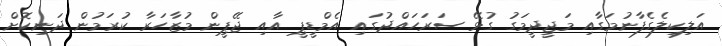
އަލިކިލެގެފާނުމަގާއި މަޖީދީމަގު ގުޅޭ ސަރަހައްދުގައި އެމްޑީޕީ އާއި ޖޭޕީން މުޒާހަރާ ކުރަމުން ދަނިކޮށް